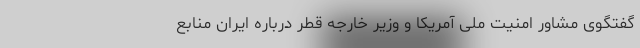
گفتگوی مشاور امنیت ملی آمریکا و وزیر خارجه قطر درباره ایران منابع